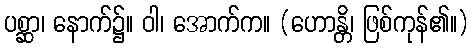
ပစ္ဆာ၊ နောက်၌။ ဝါ၊ အောက်က။ (ဟောန္တိ၊ ဖြစ်ကုန်၏။)